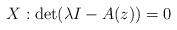
\begin{align*} X : \det(\lambda I - A(z)) = 0 \end{align*}